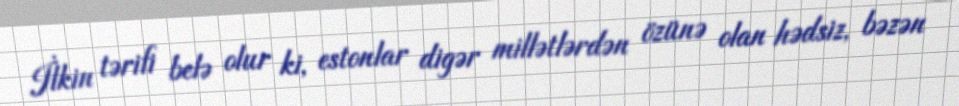
İlkin tərifi belə olur ki, estonlar digər millətlərdən özünə olan hədsiz, bəzən